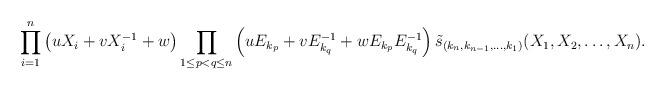
LaTeX: \begin{align*}\prod_{i=1}^n \left( uX_i + vX_i^{-1} + w \right) \prod_{1 \leq p < q \leq n} \left( u E_{k_p} + v E_{k_q}^{-1} + w E_{k_p} E_{k_q}^{-1} \right) \tilde{s}_{(k_n,k_{n-1},\ldots,k_1)}(X_1,X_2,\ldots,X_n).\end{align*}